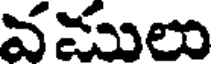
వములు